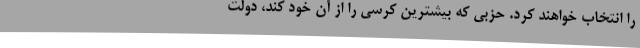
را انتخاب خواهند کرد. حزبی که بیشترین کرسی را از آن خود کند، دولت